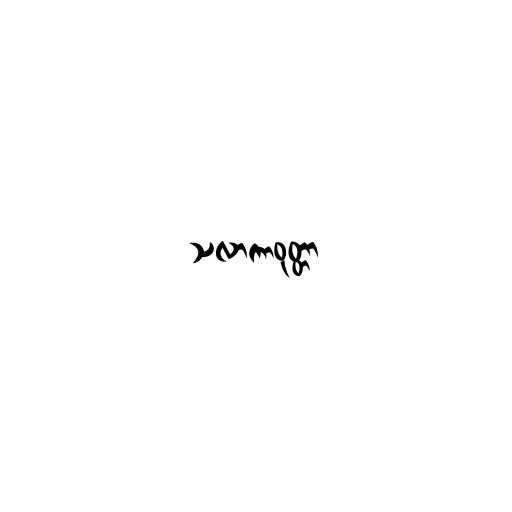
သလာကာဝုတ္တာ